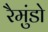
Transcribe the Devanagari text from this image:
रैमुंडो